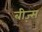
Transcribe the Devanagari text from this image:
बीज़्स